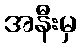
အနီးမှ